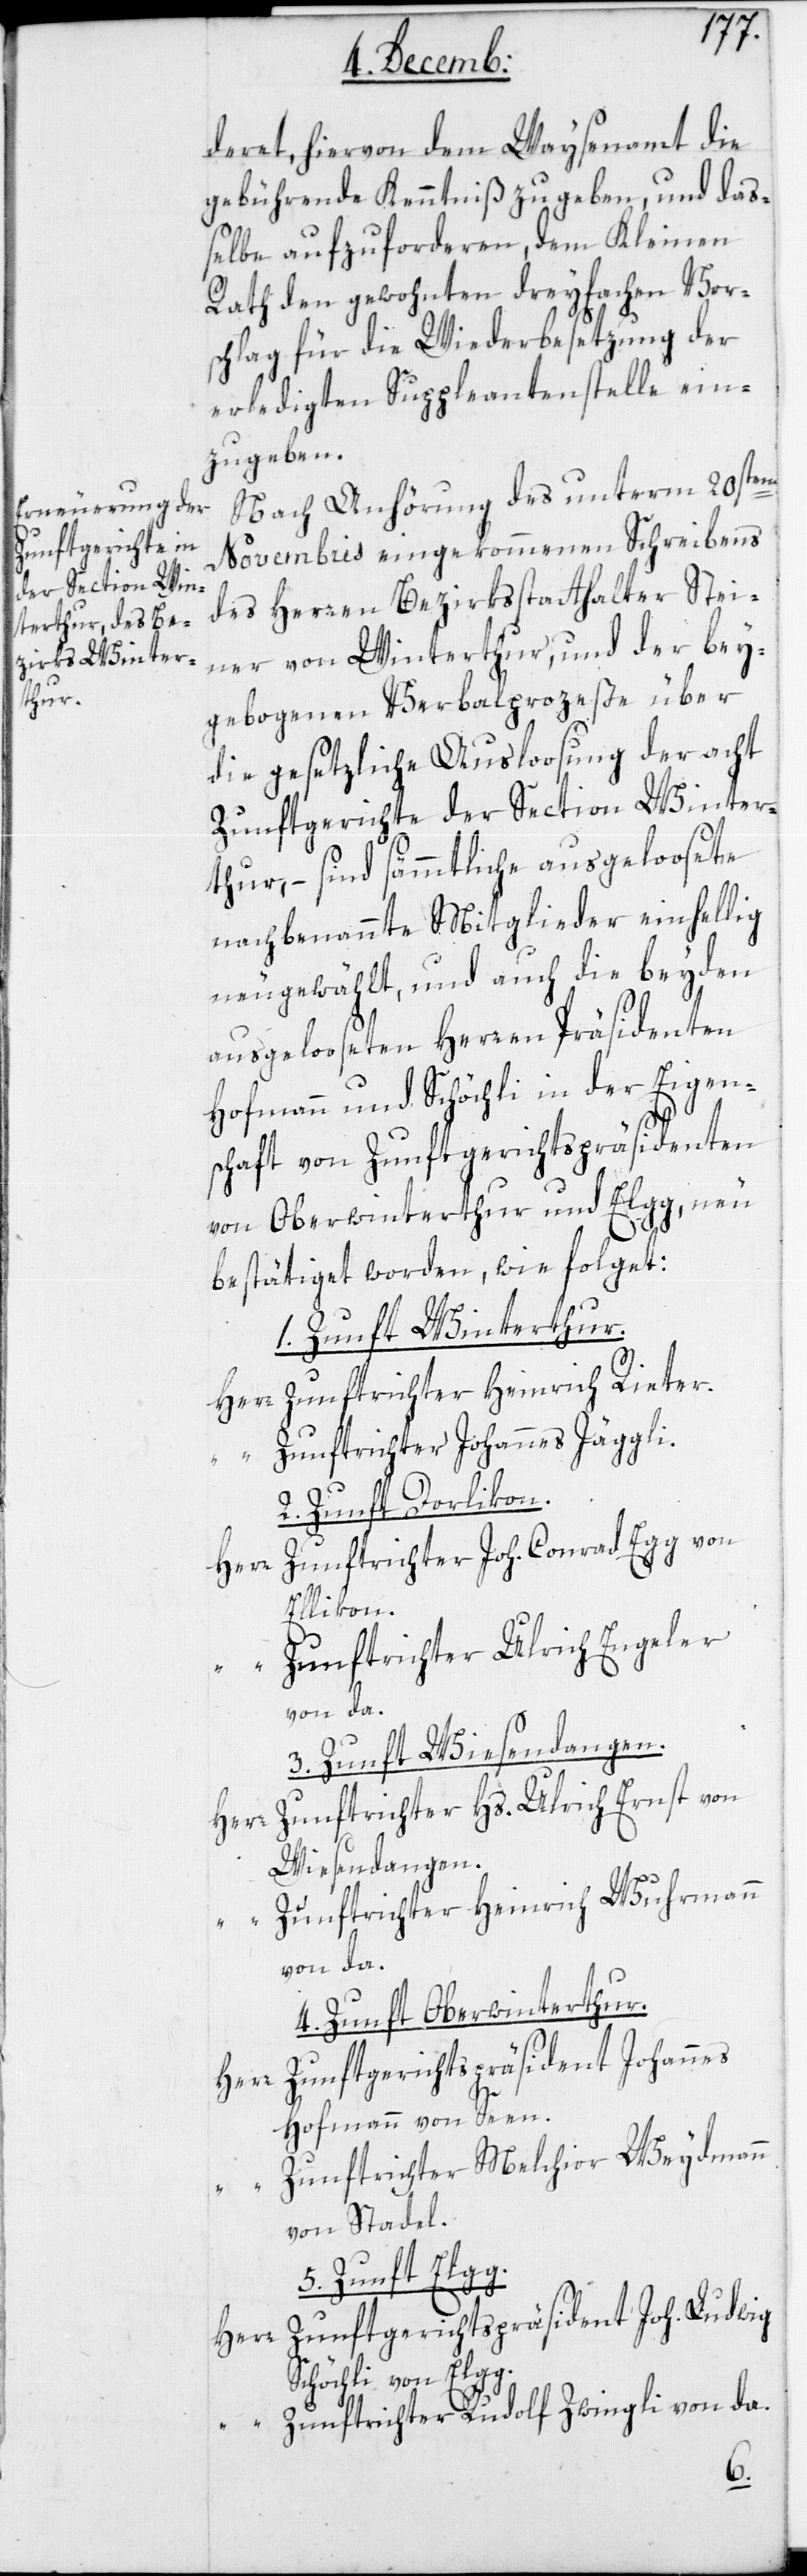
dert, hiervon dem Waysenamt die
gebührende Kenntniß zu geben, und daß¬
elbe aufzuforderen, dem Kleinen
Rath den gewohnten dreyfachen Vor¬
schlag für die Wiederbesetzung der
erledigten Suppleantenstelle ein¬
zugeben.
Nach Anhörung des unterm 20sten
Novembris eingekommenen Schreibens
des Herren Bezirksstatthalter Stei¬
ner von Winterthur, und der bey¬
gebogenen Verbalprozeße über
die gesetzliche Ausloosung der acht
Zunftgerichte der Section Winter¬
thur, – sind sämmtliche ausgeloosete
nachbenannte Mitglieder einhellig
neugewählt, und auch die beyden
ausgelooseten Herren Präsidenten
Hofmann und Schöchli in der Eigen¬
schaft von Zunftgerichts-Präsidenten
von Oberwinterthur und Elgg, neu
bestätiget worden, wie folget:
1. Zunft Winterthur.
Herr Zunftrichter Heinrich Rieter.
“ Zunftrichter Johannes Jäggli.
2. Zunft Dorlikon.
Zunftrichter Joh. Conrad Egg von
Ellikon.
Zunftrichter Ulrich Engeler
von da.
3. Zunft Wiesendangen.
Herr Zunftrichter Hs. Ulrich Ernst von
Wiesendangen.
Zunftrichter Heinrich Wuhrmann
von da.
4. Zunft Oberwinterthur.
Zunftgerichtspräsident Johannes
Herr
Hofmann von Seen,
Zunftrichter Melchior Weydmann
von Stadel.
5. Zunft Elgg.
Herr Zunftgerichtspräsident Joh. Ludwig
Schöchli von Elgg.
Zunftrichter Rudolf Zwingli von da.